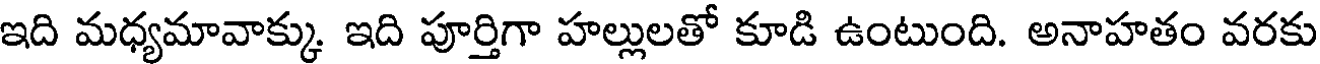
ఇది మధ్యమావాక్కు. ఇది పూర్తిగా హల్లులతో కూడి ఉంటుంది. అనాహతం వరకు